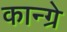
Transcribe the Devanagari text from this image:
कान्ग्रे